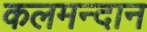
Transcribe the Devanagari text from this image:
कलमन्दान